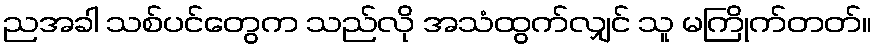
ညအခါ သစ်ပင်တွေက သည်လို အသံထွက်လျှင် သူ မကြိုက်တတ်။